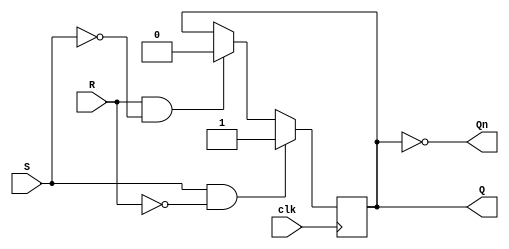
module Gated_SR_FF (
    input S, // Set input
    input R, // Reset input
    input clk, // Clock input
    output reg Q, // Output
    output reg Qn // Inverse output
);

always @(posedge clk) begin
    if (S && !R) begin
        Q <= 1;
    end else if (R && !S) begin
        Q <= 0;
    end
end

assign Qn = ~Q;

endmodule